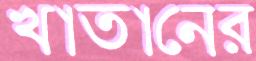
খাতানের